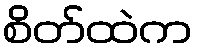
စိတ်ထဲက